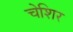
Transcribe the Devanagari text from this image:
चेशिर